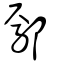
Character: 鄢